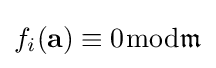
f_{i}(\mathbf {a} )\equiv 0{\bmod {\mathfrak {m}}}